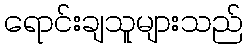
ရောင်းချသူများသည်